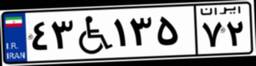
۴۳W۱۳۵۷۲